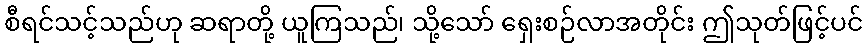
စီရင်သင့်သည်ဟု ဆရာတို့ ယူကြသည်၊ သို့သော် ရှေးစဉ်လာအတိုင်း ဤသုတ်ဖြင့်ပင်